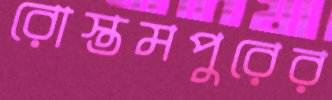
রোস্তমপুরের